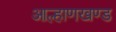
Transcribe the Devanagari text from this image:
आल्हाणखण्ड